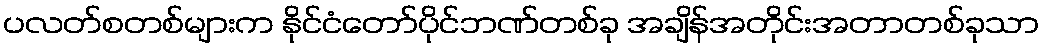
ပလတ်စတစ်များက နိုင်ငံတော်ပိုင်ဘဏ်တစ်ခု အချိန်အတိုင်းအတာတစ်ခုသာ